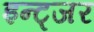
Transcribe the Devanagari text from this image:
इन्ट्जर